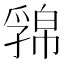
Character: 𢅁